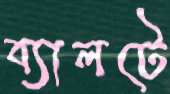
ব্যালটে